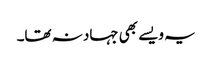
یہ ویسے بھی جہاد نہ تھا۔